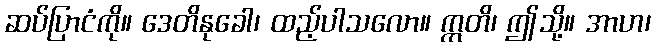
ဆပ်ပြာငံကို။ ဒေတိနုခေါ၊ ထည့်ပါသလော။ ဣတိ၊ ဤသို့။ အာဟ၊